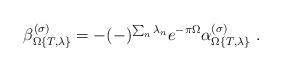
LaTeX: \begin{align*}\beta_{\Omega\{T,\lambda\}}^{(\sigma)}=-(-)^{\sum_n\lambda_n}e^{-\pi\Omega}\alpha_{\Omega\{T,\lambda\}}^{(\sigma)}\ .\end{align*}